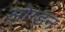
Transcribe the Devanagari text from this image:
ओग्डन